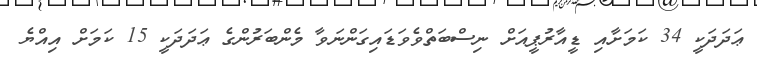
ޢަދަދަކީ 34 ކަމަށާއި ޑީއާރުޕީއަށް ނިސްބަތްވެވަޑައިގަންނަވާ މެންބަރުންގެ ޢަަދަދަކީ 15 ކަމަށް އިއްޔެ